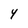
Character: Y